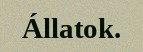
Állatok.